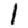
Digit: 1